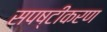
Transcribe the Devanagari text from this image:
सपष्टीकरण